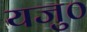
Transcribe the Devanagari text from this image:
यजु०